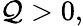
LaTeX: \mathcal{Q}>0,